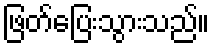
ဖြတ်ပြေးသွားသည်။